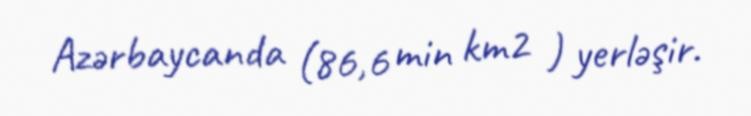
Azərbaycanda (86,6 min km2 ) yerləşir.